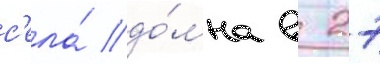
с'ела́ до́мна в 27